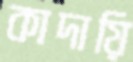
কাদায়ি